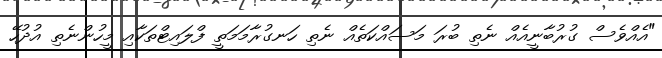
"އެއްވެސް ގުރުބާނީއެއް ނެތި ބުރަ މަސައްކަތެއް ނެތި ހަނގުރާމަމަތީ ފްލައިޓްތަކާއި މީހުންނެތި އުދުހޭ